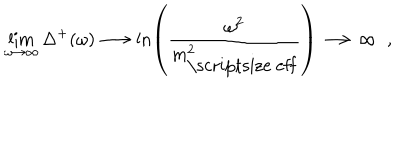
LaTeX: \lim _ { \omega \rightarrow \infty } \Delta ^ { + } ( \omega ) \longrightarrow \ln \left( \frac { \omega ^ { 2 } } { m _ { \mathrm { \scriptsize ~ e f f } } ^ { 2 } } \right) \longrightarrow \infty \; \; ,